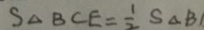
S _ { \Delta B C E } = \frac { 1 } { 2 } S _ { \Delta B }